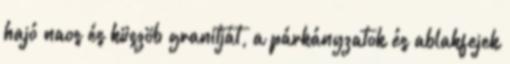
hajó naos és küszöb granitját, a párkányzatok és ablakfejek